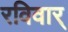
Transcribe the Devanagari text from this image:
रविवार्